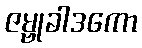
ဇမ္ဗုခါဒကော